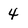
Character: 4